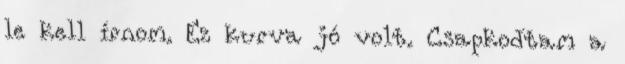
le kell írnom. Ez kurva jó volt. Csapkodtam a